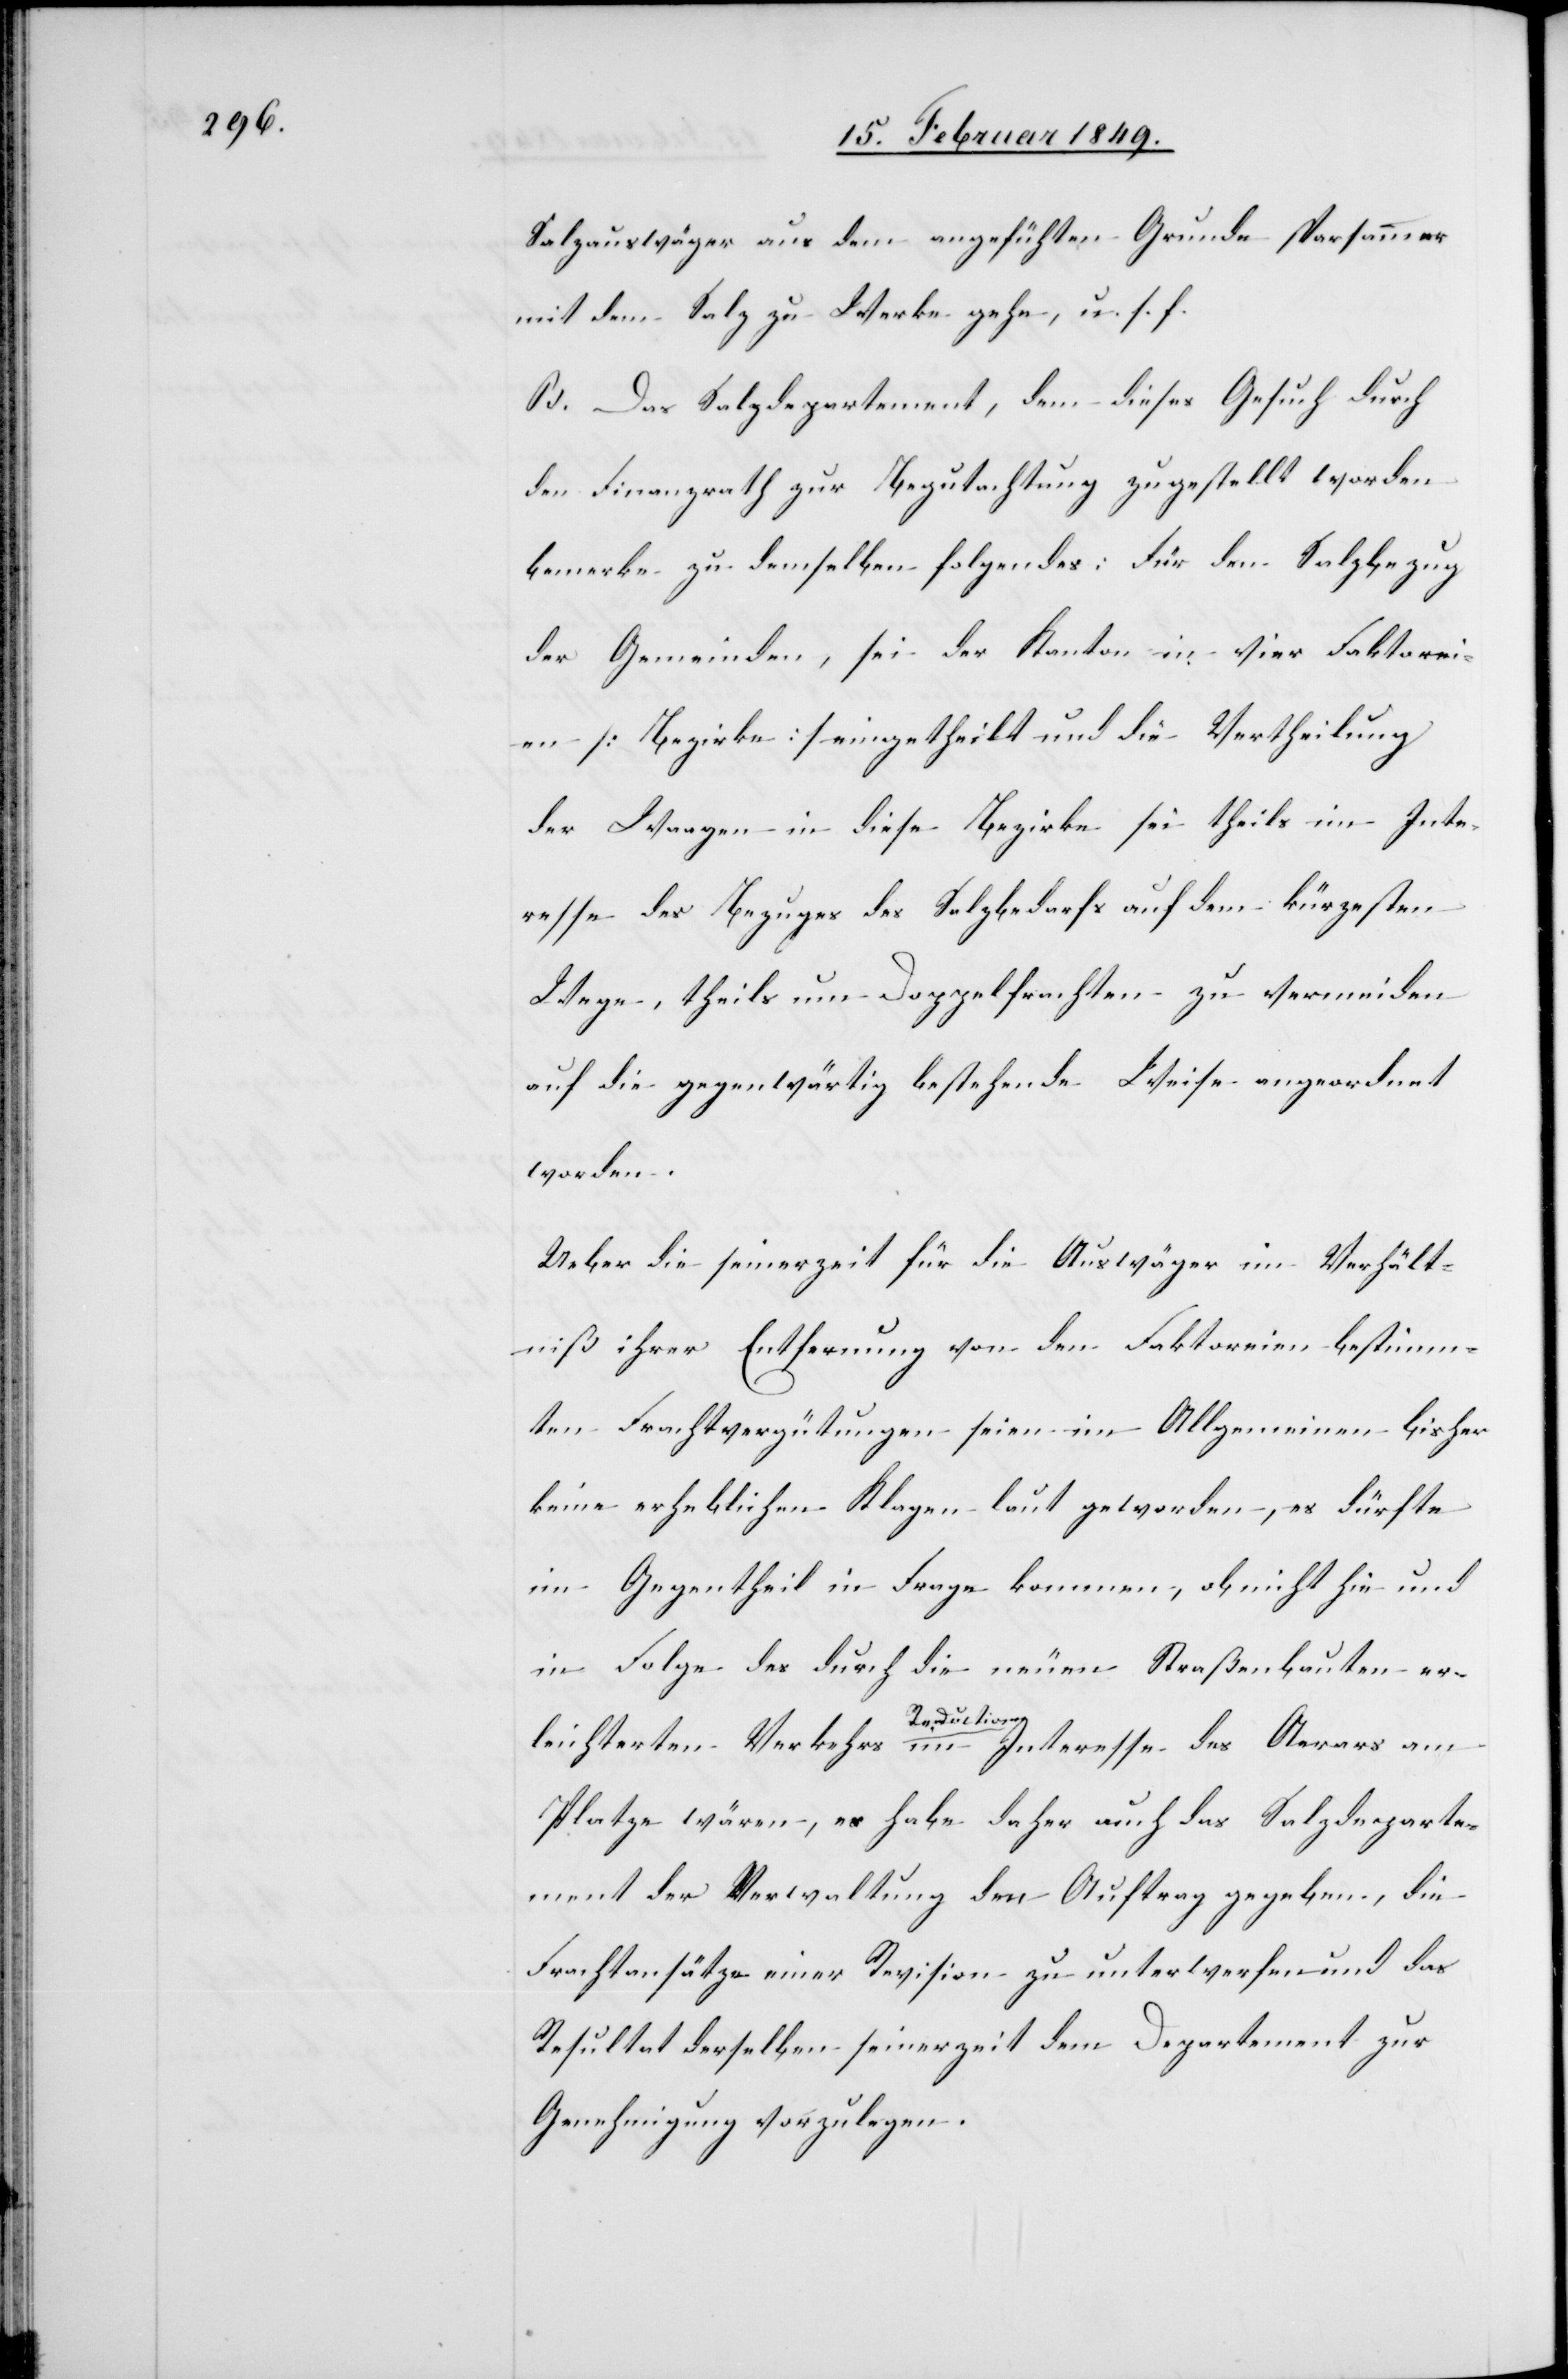
Salzauswäger aus dem angefüh[r]ten Grunde sparsammer
mit dem Salz zu Werke gehe, u. s. f.
B. Das Salzdepartement, dem dieses Gesuch durch
den Finanzrath zur Begutachtung zugestellt worden
bemerke zu demselben folgendes: Für den Salzbezug
der Gemeinden, sei der Kanton in vier Faktorei¬
en [Bezirke] eingetheilt und die Vertheilung
der Waagen in diese Bezirke sei theils im Inte¬
resse des Bezuges des Salzbedarfs auf dem kürzesten
Wege, theils um Doppelfrachten zu vermeiden
auf die gegenwärtig bestehende Weise angeordnet
worden.
Ueber die seinerzeit für die Auswäger im Verhält¬
niß ihrer Entfernung von den Faktoreien bestimm¬
ten Frachtvergütungen seien im Allgemeinen bisher
keine erheblichen Klagen laut geworden, es dürfte
im Gegentheil in Frage kommen, ob nicht hie und
in Folge des durch die neuen Straßenbauten er¬
leichterten Verkehrs Reduction[en] im Interesse des Aerars am
Platze wären, es habe daher auch das Salzdeparte¬
ment der Verwaltung den Auftrag gegeben, die
Frachtansätze einer Revision zu unterwerfen und das
Resultat derselben seinerzeit dem Departement zur
Genehmigung vorzulegen.